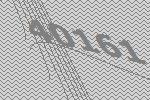
40161